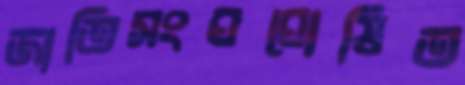
জাতিসংঘঘোষিত